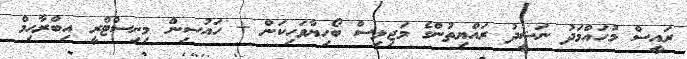
ރައީސް މުހައްމަދު ނަޝީދު ރައްޔިތުންގެ މަޖިލިސް ބޯހިޔާވަހިކަން + ހައުސިން މިނިސްޓްރީ އިބްރާހިމް